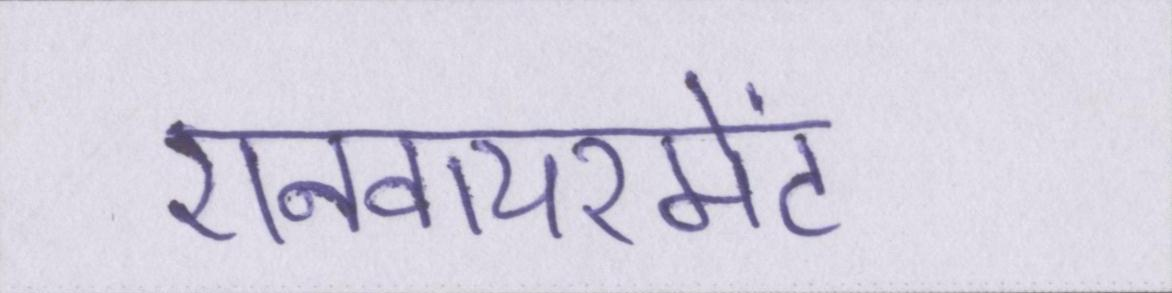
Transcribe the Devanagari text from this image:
एनवायरमेंट